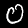
Digit: 0